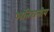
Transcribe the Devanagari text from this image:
अतिघनीय